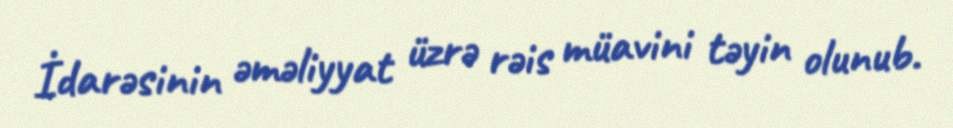
İdarəsinin əməliyyat üzrə rəis müavini təyin olunub.